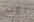
نوب